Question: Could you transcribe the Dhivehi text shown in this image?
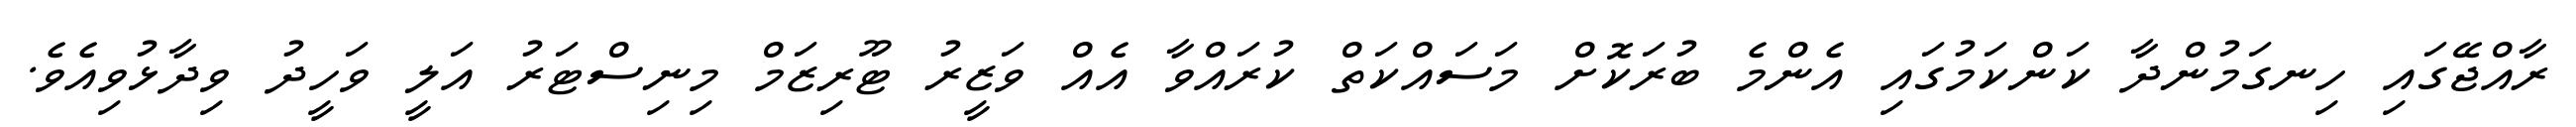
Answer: ރާއްޖޭގައި ހިނގަމުންދާ ކަންކަމުގައި އެންމެ ބުރަކޮށް މަސައްކަތް ކުރައްވާ އެއް ވަޒީރު ޓޫރިޒަމް މިނިސްޓަރު އަލީ ވަހީދު ވިދާޅުވިއެވެ.